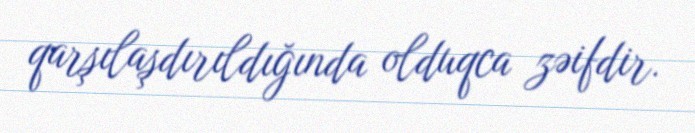
qarşılaşdırıldığında olduqca zəifdir.